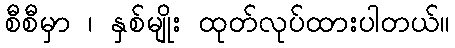
စီစီမှာ ၊ နှစ်မျိုး ထုတ်လုပ်ထားပါတယ်။